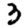
Digit: 3